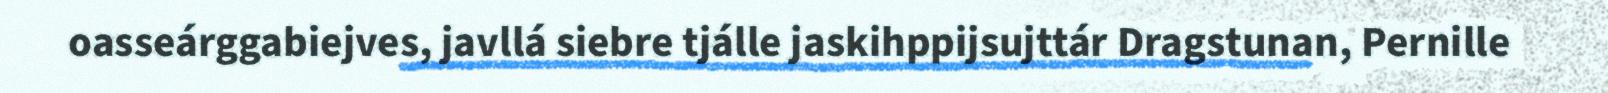
oasseárggabiejves, javllá siebre tjálle jaskihppijsujttár Dragstunan, Pernille